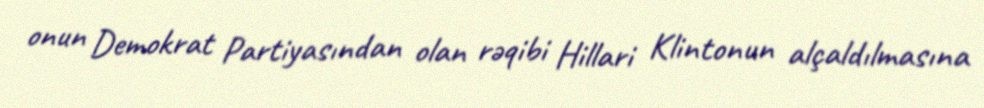
onun Demokrat Partiyasından olan rəqibi Hillari Klintonun alçaldılmasına